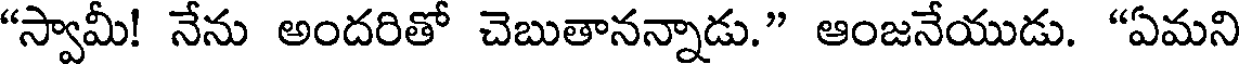
"స్వామీ! నేను అందరితో చెబుతానన్నాడు." ఆంజనేయుడు. "ఏమని